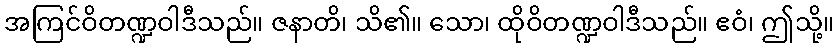
အကြင်ဝိတဏ္ဍဝါဒီသည်။ ဇနာတိ၊ သိ၏။ သော၊ ထိုဝိတဏ္ဍဝါဒီသည်။ ဧဝံ၊ ဤသို့။